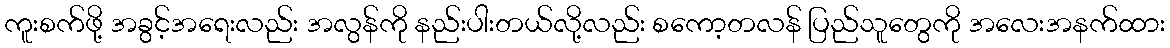
ကူးစက်ဖို့ အခွင့်အရေးလည်း အလွန်ကို နည်းပါးတယ်လို့လည်း စကော့တလန် ပြည်သူတွေကို အလေးအနက်ထား